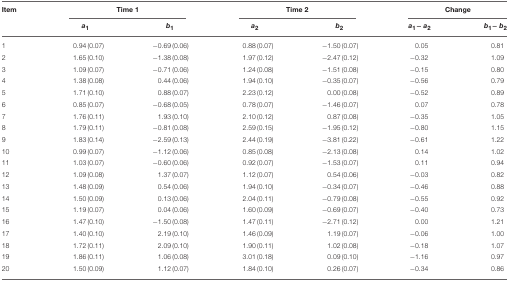
<table><thead><tr><td><b>Item</b></td><td colspan="2"><b>Time 1</b></td><td colspan="2"><b>Time 2</b></td><td colspan="2"><b>Change</b></td></tr><tr><td></td><td><b><i>a</i><sub>1</sub></b></td><td><b><i>b</i><sub>1</sub></b></td><td><b><i>a</i><sub>2</sub></b></td><td><b><i>b</i><sub>2</sub></b></td><td><b><i>a</i><sub>1</sub> − <i>a</i><sub>2</sub></b></td><td><b><i>b</i><sub>1</sub> − <i>b</i><sub>2</sub></b></td></tr></thead><tbody><tr><td>1</td><td>0.94 (0.07)</td><td>−0.69 (0.06)</td><td>0.88 (0.07)</td><td>−1.50 (0.07)</td><td>0.05</td><td>0.81</td></tr><tr><td>2</td><td>1.65 (0.10)</td><td>−1.38 (0.08)</td><td>1.97 (0.12)</td><td>−2.47 (0.12)</td><td>−0.32</td><td>1.09</td></tr><tr><td>3</td><td>1.09 (0.07)</td><td>−0.71 (0.06)</td><td>1.24 (0.08)</td><td>−1.51 (0.08)</td><td>−0.15</td><td>0.80</td></tr><tr><td>4</td><td>1.38 (0.08)</td><td>0.44 (0.06)</td><td>1.94 (0.10)</td><td>−0.35 (0.07)</td><td>−0.56</td><td>0.79</td></tr><tr><td>5</td><td>1.71 (0.10)</td><td>0.88 (0.07)</td><td>2.23 (0.12)</td><td>0.00 (0.08)</td><td>−0.52</td><td>0.89</td></tr><tr><td>6</td><td>0.85 (0.07)</td><td>−0.68 (0.05)</td><td>0.78 (0.07)</td><td>−1.46 (0.07)</td><td>0.07</td><td>0.78</td></tr><tr><td>7</td><td>1.76 (0.11)</td><td>1.93 (0.10)</td><td>2.10 (0.12)</td><td>0.87 (0.08)</td><td>−0.35</td><td>1.05</td></tr><tr><td>8</td><td>1.79 (0.11)</td><td>−0.81 (0.08)</td><td>2.59 (0.15)</td><td>−1.95 (0.12)</td><td>−0.80</td><td>1.15</td></tr><tr><td>9</td><td>1.83 (0.14)</td><td>−2.59 (0.13)</td><td>2.44 (0.19)</td><td>−3.81 (0.22)</td><td>−0.61</td><td>1.22</td></tr><tr><td>10</td><td>0.99 (0.07)</td><td>−1.12 (0.06)</td><td>0.85 (0.08)</td><td>−2.13 (0.08)</td><td>0.14</td><td>1.02</td></tr><tr><td>11</td><td>1.03 (0.07)</td><td>−0.60 (0.06)</td><td>0.92 (0.07)</td><td>−1.53 (0.07)</td><td>0.11</td><td>0.94</td></tr><tr><td>12</td><td>1.09 (0.08)</td><td>1.37 (0.07)</td><td>1.12 (0.07)</td><td>0.54 (0.06)</td><td>−0.03</td><td>0.82</td></tr><tr><td>13</td><td>1.48 (0.09)</td><td>0.54 (0.06)</td><td>1.94 (0.10)</td><td>−0.34 (0.07)</td><td>−0.46</td><td>0.88</td></tr><tr><td>14</td><td>1.50 (0.09)</td><td>0.13 (0.06)</td><td>2.04 (0.11)</td><td>−0.79 (0.08)</td><td>−0.55</td><td>0.92</td></tr><tr><td>15</td><td>1.19 (0.07)</td><td>0.04 (0.06)</td><td>1.60 (0.09)</td><td>−0.69 (0.07)</td><td>−0.40</td><td>0.73</td></tr><tr><td>16</td><td>1.47 (0.10)</td><td>−1.50 (0.08)</td><td>1.47 (0.11)</td><td>−2.71 (0.12)</td><td>0.00</td><td>1.21</td></tr><tr><td>17</td><td>1.40 (0.10)</td><td>2.19 (0.10)</td><td>1.46 (0.09)</td><td>1.19 (0.07)</td><td>−0.06</td><td>1.00</td></tr><tr><td>18</td><td>1.72 (0.11)</td><td>2.09 (0.10)</td><td>1.90 (0.11)</td><td>1.02 (0.08)</td><td>−0.18</td><td>1.07</td></tr><tr><td>19</td><td>1.86 (0.11)</td><td>1.06 (0.08)</td><td>3.01 (0.18)</td><td>0.09 (0.10)</td><td>−1.16</td><td>0.97</td></tr><tr><td>20</td><td>1.50 (0.09)</td><td>1.12 (0.07)</td><td>1.84 (0.10)</td><td>0.26 (0.07)</td><td>−0.34</td><td>0.86</td></tr></tbody></table>